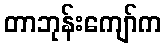
တာဘုန်းကျော်က